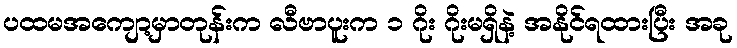
ပထမအကျော့မှာတုန်းက လီဗာပူးက ၁ ဂိုး ဂိုးမရှိနဲ့ အနိုင်ရထားပြီး အခု